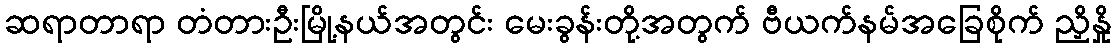
ဆရာတာရာ တံတားဦးမြို့နယ်အတွင်း မေးခွန်းတို့အတွက် ဗီယက်နမ်အခြေစိုက် ညှိနှို